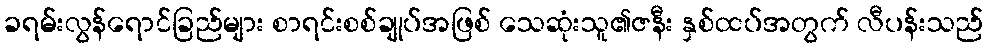
ခရမ်းလွန်ရောင်ခြည်များ စာရင်းစစ်ချုပ်အဖြစ် သေဆုံးသူ၏ဇနီး နှစ်ထပ်အတွက် လီပန်းသည်